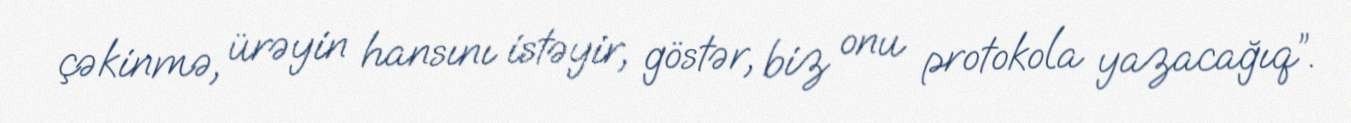
çəkinmə, ürəyin hansını istəyir, göstər, biz onu protokola yazacağıq”.